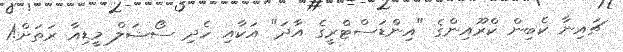
ޗައިނާ ކެބިން ކްރޫއިންގެ "އިންޑަސްޓްރީގެ އާދަ" އަކާއި ހެދި ސޯޝަލް މީޑިއާ ރަތަށް!1